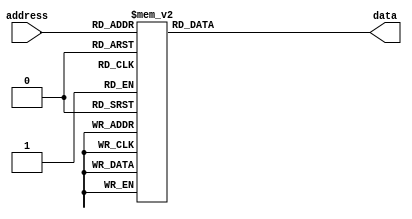
module task01 (
        input  wire [3:0] address,
        output reg  [7:0] data
    );
 
	always @(*) begin
		case (address)
			// Define ROMs values
			4'd0:    data = 8'd65;
			4'd1:    data = 8'd78;
			4'd2:    data = 8'd65;
			4'd3:    data = 8'd32;
			4'd4:    data = 8'd65;
			4'd5:    data = 8'd82;
			4'd6:    data = 8'd69;
			4'd7:    data = 8'd32;
			4'd8:    data = 8'd50;
			4'd9:    data = 8'd32;
			4'd10:   data = 8'd77;
			4'd11:   data = 8'd69;
			4'd12:   data = 8'd82;
			4'd13:   data = 8'd69;
			4'd14:   data = 8'd46;
			4'd15:   data = 8'd0;
			default: data = 8'd0;
		endcase
	end
endmodule